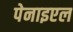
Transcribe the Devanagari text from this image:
पेनाइएल